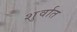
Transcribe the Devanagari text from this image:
शुर्वात